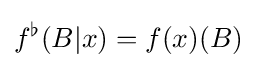
f^{\flat }(B|x)=f(x)(B)